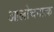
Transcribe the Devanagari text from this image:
आलोचनात्‍क